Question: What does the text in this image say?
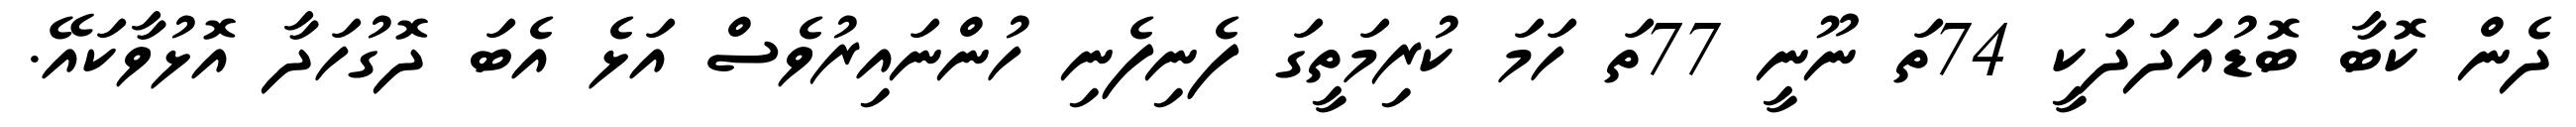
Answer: ދެން ކޮބާ ބޮޑުއަދަދަކީ 74ތަ ނޫނީ 77ތަ ހަމަ ކުރިމަތީގަ ފެނިފެނި ހުންނައިރުވެސް އަޅެ އެބަ ދޮގުހަދާ އޮޅުވާކައޭ.